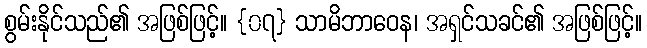
စွမ်းနိုင်သည်၏ အဖြစ်ဖြင့်။ {၀၇} သာမိဘာဝေန၊ အရှင်သခင်၏ အဖြစ်ဖြင့်။